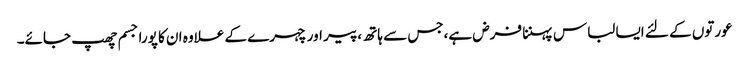
عورتوں کے لئے ایسا لباس پہننا فرض ہے،جس سے ہاتھ ،پیر اور چہرے کے علاوہ ان کا پورا جسم چھپ جائے۔